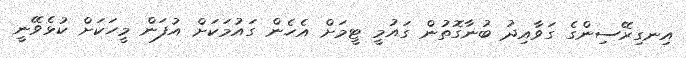
އިނގިރޭސިންގެ ގަވާއިދު ބުނާގޮތުން ގައުމީ ޓީމަށް އެހެން ގައުމަކަށް އުފަން މީހަކަށް ކުޅެވޭނީ